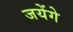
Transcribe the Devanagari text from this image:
जयेंगे